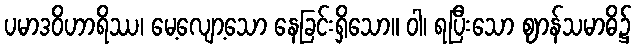
ပမာဒဝိဟာရိဿ၊ မေ့လျော့သော နေခြင်းရှိသော။ ဝါ၊ ရပြီးသော ဈာန်သမာဓိ၌